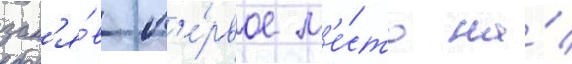
зан'я́в п'е́рвое м'е́сто на́